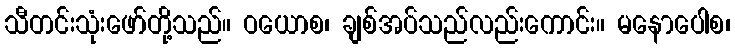
သီတင်းသုံးဖော်တို့သည်။ ဝယောစ၊ ချစ်အပ်သည်လည်းကောင်း။ မနောပေါစ၊